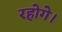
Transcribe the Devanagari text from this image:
रहोगे।